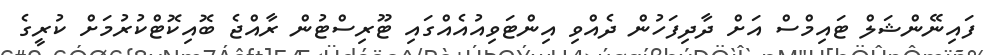
ފައިނޭންޝަލް ޓައިމްސް އަށް ދާދިފަހުން ދެއްވި އިންޓަވިއުއެއްގައި ޓޫރިސްޓުން ރާއްޖެ ބޮއިކޮޓްކުރުމަށް ކުރީގެ